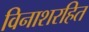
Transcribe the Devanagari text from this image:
विनाशरहित